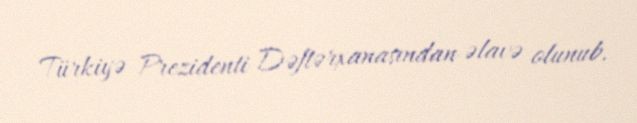
Türkiyə Prezidenti Dəftərxanasından əlavə olunub.